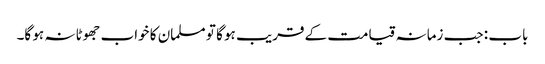
باب : جب زمانہ قیامت کے قریب ہو گا تو مسلمان کا خواب جھوٹا نہ ہو گا۔